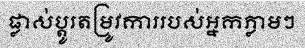
ផ្លាស់ប្តូរតម្រូវការរបស់អ្នកភ្លាមៗ